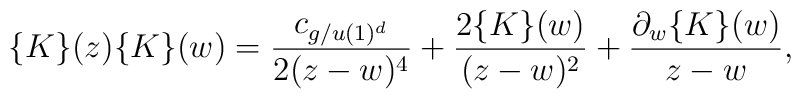
\{K\}(z)\{K\}(w)={c_{g/u(1)^d}\over2(z-w)^4}+{2\{K\}(w)\over(z-w)^2}+{{\partial_w \{K\}(w)\over{z-w}}},